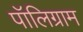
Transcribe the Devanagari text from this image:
पॉलिग्राम